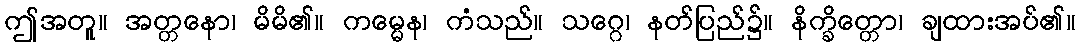
ဤအတူ။ အတ္တနော၊ မိမိ၏။ ကမ္မေန၊ ကံသည်။ သဂ္ဂေ၊ နတ်ပြည်၌။ နိက္ခိတ္တော၊ ချထားအပ်၏။